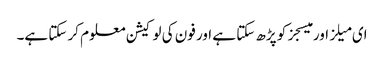
ای میلز اور میسجز کو پڑھ سکتا ہے اور فون کی لوکیشن معلوم کر سکتا ہے۔